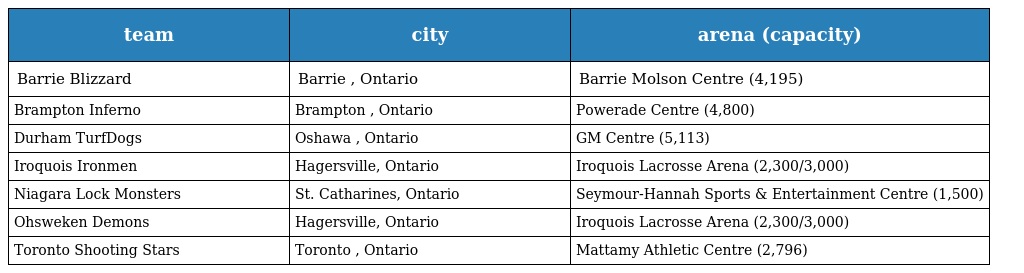
| team | city | arena (capacity) |
 | --- | --- | --- |
 | Barrie Blizzard | Barrie , Ontario | Barrie Molson Centre (4,195) |
 | Brampton Inferno | Brampton , Ontario | Powerade Centre (4,800) |
 | Durham TurfDogs | Oshawa , Ontario | GM Centre (5,113) |
 | Iroquois Ironmen | Hagersville, Ontario | Iroquois Lacrosse Arena (2,300/3,000) |
 | Niagara Lock Monsters | St. Catharines, Ontario | Seymour-Hannah Sports & Entertainment Centre (1,500) |
 | Ohsweken Demons | Hagersville, Ontario | Iroquois Lacrosse Arena (2,300/3,000) |
 | Toronto Shooting Stars | Toronto , Ontario | Mattamy Athletic Centre (2,796) |